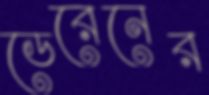
ডেরেনের